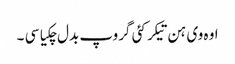
اوہ وی ہن تیکر کئی گروپ بدل چکیا سی ۔